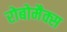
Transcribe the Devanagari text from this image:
रोबोमैक्स